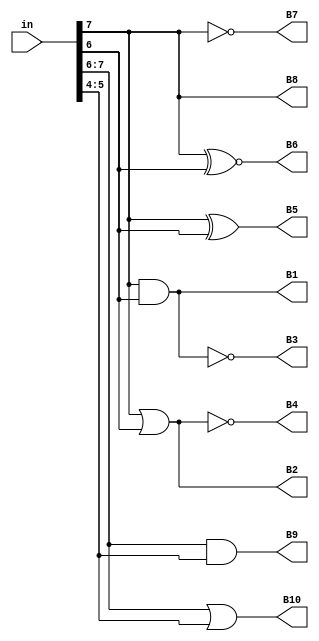
// This program was cloned from: https://github.com/chipsalliance/yosys-f4pga-plugins
// License: Apache License 2.0

// Copyright 2020-2022 F4PGA Authors
//
// Licensed under the Apache License, Version 2.0 (the "License");
// you may not use this file except in compliance with the License.
// You may obtain a copy of the License at
//
//     http://www.apache.org/licenses/LICENSE-2.0
//
// Unless required by applicable law or agreed to in writing, software
// distributed under the License is distributed on an "AS IS" BASIS,
// WITHOUT WARRANTIES OR CONDITIONS OF ANY KIND, either express or implied.
// See the License for the specific language governing permissions and
// limitations under the License.
//
// SPDX-License-Identifier: Apache-2.0

module top (
    input [0:7] in,
    output B1,
    B2,
    B3,
    B4,
    B5,
    B6,
    B7,
    B8,
    B9,
    B10
);
  assign B1  = in[0] & in[1];
  assign B2  = in[0] | in[1];
  assign B3  = in[0]~&in[1];
  assign B4  = in[0]~|in[1];
  assign B5  = in[0] ^ in[1];
  assign B6  = in[0] ~^ in[1];
  assign B7  = ~in[0];
  assign B8  = in[0];
  assign B9  = in[0:1] && in[2:3];
  assign B10 = in[0:1] || in[2:3];
endmodule